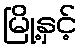
မြို့နှင့်